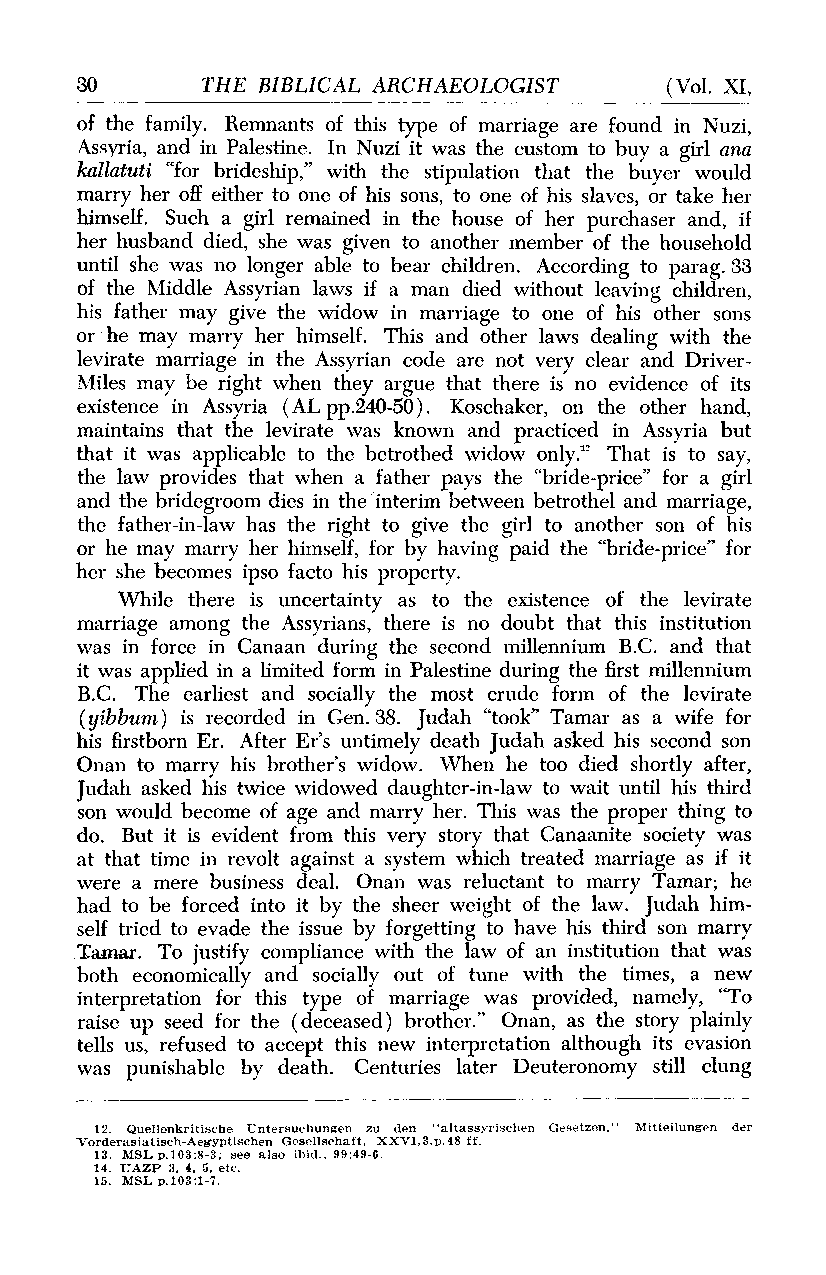
30      THE BIBLICAL ARCHAEOLOGIST     (Vol. XI,
 of the family. Remnants of this type of marriage are found in Nuzi,
 Assyria, and in Palestine. In Nuzi it was the custom to buy a girl ana
 kallatuti "for brideship," with the stipulation that the buyer would
 marry her off either to one of his sons, to one of his slaves, or take her
 himself. Such a girl remained in the house of her purchaser and, if
 her husband died, she was given to another member of the household
 until she was no longer able to bear children. According to parag. 33
 of the Middle Assyrian laws if a man died without leaving children,
 his father may give the widow in marriage to one of his other sons
 or he may marry her himself. This and other laws dealing with the
 levirate marriage in the Assyrian code are not very clear and Driver-
 Miles may be right when they argue that there is no evidence of its
 existence in Assyria (AL pp.240-50). Koschaker, on the other hand,
 maintains that the levirate was known and practiced in Assyria but
 that it was applicable to the betrothed widow only.'2 That is to say,
 the law provides that when a father pays the "bride-price" for a girl
 and the bridegroom dies in the interim between betrothel and marriage,
 the father-in-law has the right to give the girl to another son of his
 or he may marry her himself, for by having paid the "bride-price" for
 her she becomes ipso facto his property.
 While there is uncertainty as to the existence of the levirate
 marriage among the Assyrians, there is no doubt that this institution
 was in force in Canaan during the second millennium B.C. and that
 it was applied in a limited form in Palestine during the first millennium
 B.C. The earliest and socially the most crude form of the levirate
 (yibbum) is recorded in Gen. 38. Judah "took" Tamar as a wife for
 his firstborn Er. After Er's untimely death Judah asked his second son
 Onan to marry his brother's widow. When he too died shortly after,
 Judah asked his twice widowed daughter-in-law to wait until his third
 son would become of age and marry her. This was the proper thing to
 do. But it is evident from this very story that Canaanite society was
 at that time in revolt against a system which treated marriage as if it
 were a mere business deal. Onan was reluctant to marry Tamar; he
 had to be forced into it by the sheer weight of the law. Judah him-
 self tried to evade the issue by forgetting to have his third son marry
 Tamar. To justify compliance with the law of an institution that was
 both economically and socially out of tune with the times, a new
 interpretation for this type of marriage was provided, namely, "To
 raise up seed for the (deceased) brother." Onan, as the story plainly
 tells us, refused to accept this new interpretation although its evasion
 was punishable by death. Centuries later Deuteronomy still clung
 12. Quellenkritische Untersuchungen zu den "altassyrischen Gesetzen." Mitteilungen der
 Vorderasiatisch-Aegyptischen Gesellschaft, XXVI, 3,p.48 ff.
 13. MSLp.103:8-3; see also ibid., 99:49-6.
 14. UAZP 3, 4, 5, etc.
 15. MSL p.103:1-7.